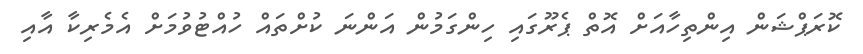
ކޮރަޕްޝަން އިންތިހާއަށް އޮތް ޕެރޫގައި ހިންގަމުން އަންނަ ކުށްތައް ހުއްޓުވުމަށް އެމެރިކާ އާއި